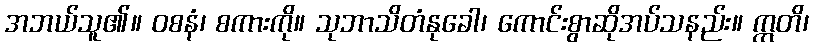
အဘယ်သူ၏။ ဝစနံ၊ စကားကို။ သုဘာသိတံနုခေါ၊ ကောင်းစွာဆိုအပ်သနည်း။ ဣတိ၊